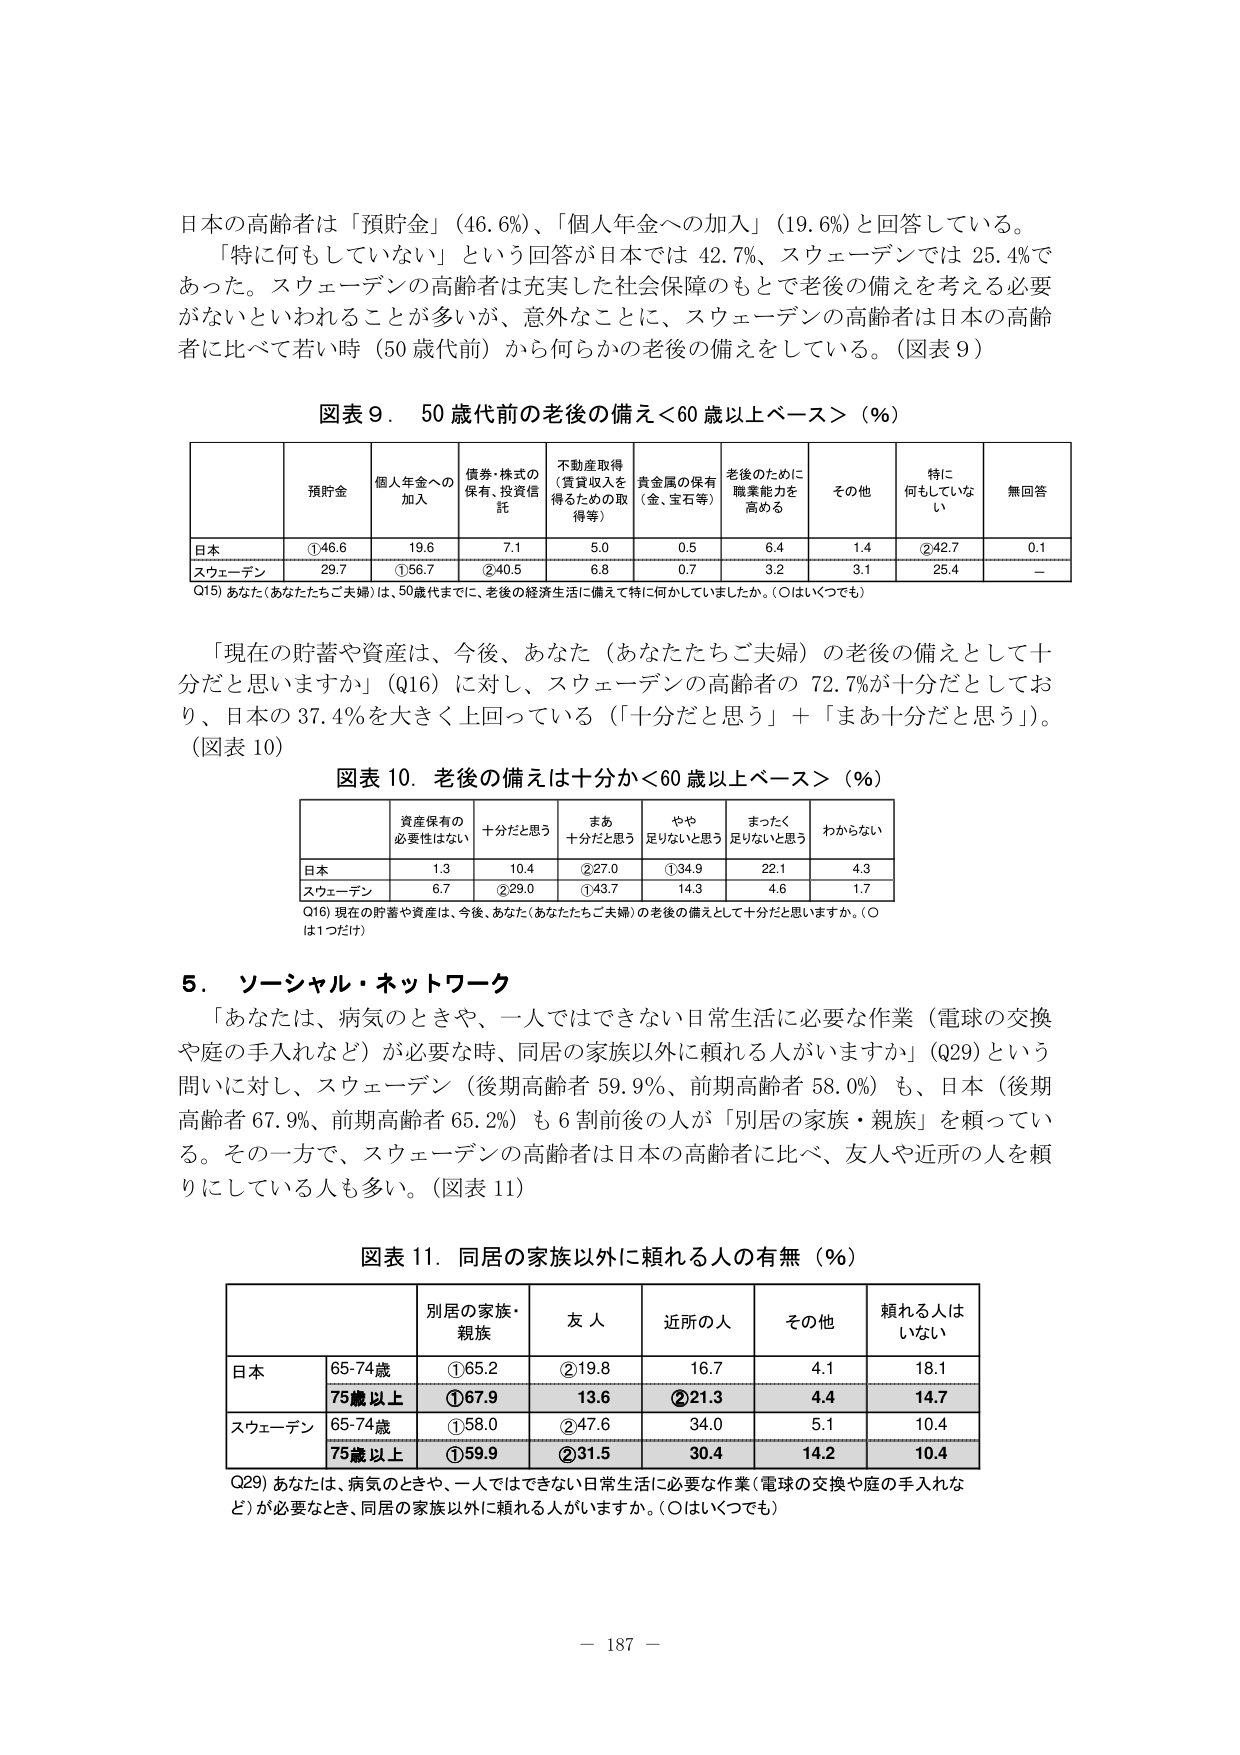
日本の高齢者は「預貯金」（46.6%）、「個人年金への加入」（19.6%）と回答している。
「特に何もしていない」という回答が日本では 42.7%、スウェーデンでは 25.4%であった。スウェーデンの高齢者は充実した社会保障のもとで老後の備えを考える必要がないといわれることが多いが、意外なことに、スウェーデンの高齢者は日本の高齢者に比べて若い時（50 歳代前）から何らかの老後の備えをしている。（図表 9）

図表 9． 50 歳代前の老後の備え＜60 歳以上ベース＞（%）

| | 預貯金 | 個人年金への加入 | 債券・株式の保有・投資信託 | 不動産取得（賃貸収入を得るための取得等） | 貴金属の保有（金、宝石等） | 老後のために職業能力を高める | その他 | 特に何もしていない | 無回答 |
|---|---|---|---|---|---|---|---|---|---|
| 日本 | ①46.6 | 19.6 | 7.1 | 5.0 | 0.5 | 6.4 | 1.4 | ②42.7 | 0.1 |
| スウェーデン | 29.7 | ①56.7 | ②40.5 | 6.8 | 0.7 | 3.2 | 3.1 | 25.4 | － |

Q15) あなた（あなたたちご夫婦）は、50歳代までに、老後の経済生活に備えて特に何かしていましたか。（○はいくつでも）

「現在の貯蓄や資産は、今後、あなた（あなたたちご夫婦）の老後の備えとして十分だと思いますか」（Q16）に対し、スウェーデンの高齢者の 72.7%が十分だとしており、日本の 37.4%を大きく上回っている（「十分だと思う」＋「まあ十分だと思う」）。（図表 10）

図表 10．老後の備えは十分か＜60 歳以上ベース＞（%）

| | 資産保有の必要性はない | 十分だと思う | まあ十分だと思う | やや足りないと思う | まったく足りないと思う | わからない |
|---|---|---|---|---|---|---|
| 日本 | 1.3 | 10.4 | ②27.0 | ①34.9 | 22.1 | 4.3 |
| スウェーデン | 6.7 | ②29.0 | ①43.7 | 14.3 | 4.6 | 1.7 |

Q16) 現在の貯蓄や資産は、今後、あなた（あなたたちご夫婦）の老後の備えとして十分だと思いますか。（○は1つだけ）

5． ソーシャル・ネットワーク
「あなたは、病気のときや、一人ではできない日常生活に必要な作業（電球の交換や庭の手入れなど）が必要な時、同居の家族以外に頼れる人がいますか」（Q29）という問いに対し、スウェーデン（後期高齢者 59.9%、前期高齢者 58.0%）も、日本（後期高齢者 67.9%、前期高齢者 65.2%）も 6 割前後の人か「別居の家族・親族」を頼っている。その一方で、スウェーデンの高齢者は日本の高齢者に比べ、友人や近所の人を頼りにしている人も多い。（図表 11）

図表 11．同居の家族以外に頼れる人の有無（%）

| | 別居の家族・親族 | 友人 | 近所の人 | その他 | 頼れる人はいない |
|---|---|---|---|---|---|
| 日本 | 65-74歳 | ①65.2 | ②19.8 | 16.7 | 4.1 | 18.1 |
| | 75歳以上 | ①67.9 | 13.6 | ②21.3 | 4.4 | 14.7 |
| スウェーデン | 65-74歳 | ①58.0 | ②47.6 | 34.0 | 5.1 | 10.4 |
| | 75歳以上 | ①59.9 | ②31.5 | 30.4 | 14.2 | 10.4 |

Q29) あなたは、病気のときや、一人ではできない日常生活に必要な作業（電球の交換や庭の手入れなど）が必要なとき、同居の家族以外に頼れる人がいますか。（○はいくつでも）

— 187 —